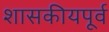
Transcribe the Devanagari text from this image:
शासकीयपूर्व